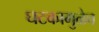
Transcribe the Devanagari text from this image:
घटकामुळेच